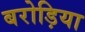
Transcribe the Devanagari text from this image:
बरोड़िया